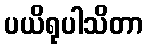
ပယိရုပါသိတာ